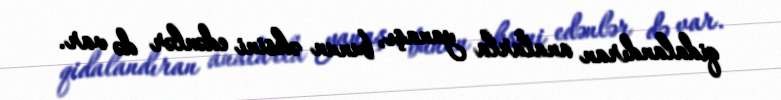
qidalandıran analarla yanaşı, bunun əksini edənlər də var.